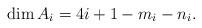
LaTeX: \begin{align*} \dim A_i=4i+1-m_i-n_i. \end{align*}